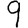
Digit: 9